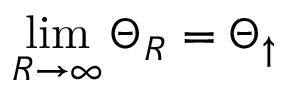
\operatorname* { l i m } _ { R \rightarrow \infty } \Theta _ { R } = \Theta _ { \uparrow }